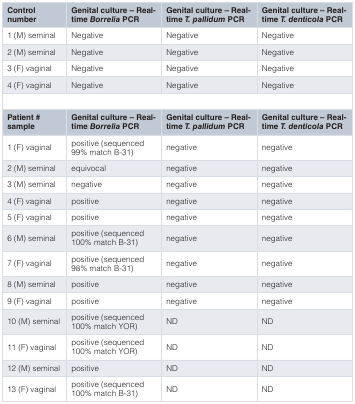
<table><thead><tr><td><b>Controlnumber</b></td><td><b>Genital culture – Real-time<i>Borrelia</i> PCR</b></td><td><b>Genital culture – Real-time<i>T. pallidum</i> PCR</b></td><td><b>Genital culture – Real-time<i>T. denticola</i> PCR</b></td></tr></thead><tbody><tr><td>1 (M) seminal</td><td>Negative</td><td>Negative</td><td>Negative</td></tr><tr><td>2 (M) seminal</td><td>Negative</td><td>Negative</td><td>Negative</td></tr><tr><td>3 (F) vaginal</td><td>Negative</td><td>Negative</td><td>Negative</td></tr><tr><td>4 (F) vaginal</td><td>Negative</td><td>Negative</td><td>Negative</td></tr><tr><td><b>Patient #</b><b>sample</b></td><td><b>Genital culture – Real-</b><b>time<i>Borrelia</i> PCR</b></td><td><b>Genital culture – Real-</b><b>time<i>T. pallidum</i> PCR</b></td><td><b>Genital culture – Real-</b><b>time<i>T. denticola</i> PCR</b></td></tr><tr><td>1 (F) vaginal</td><td>positive (sequenced99% match B-31)</td><td>negative</td><td>negative</td></tr><tr><td>2 (M) seminal</td><td>equivocal</td><td>negative</td><td>negative</td></tr><tr><td>3 (M) seminal</td><td>negative</td><td>negative</td><td>negative</td></tr><tr><td>4 (F) vaginal</td><td>positive</td><td>negative</td><td>negative</td></tr><tr><td>5 (F) vaginal</td><td>positive</td><td>negative</td><td>negative</td></tr><tr><td>6 (M) seminal</td><td>positive (sequenced100% match B-31)</td><td>negative</td><td>negative</td></tr><tr><td>7 (F) vaginal</td><td>positive (sequenced98% match B-31)</td><td>negative</td><td>negative</td></tr><tr><td>8 (M) seminal</td><td>positive</td><td>negative</td><td>negative</td></tr><tr><td>9 (F) vaginal</td><td>positive</td><td>negative</td><td>negative</td></tr><tr><td>10 (M) seminal</td><td>positive (sequenced100% match YOR)</td><td>ND</td><td>ND</td></tr><tr><td>11 (F) vaginal</td><td>positive (sequenced100% match YOR)</td><td>ND</td><td>ND</td></tr><tr><td>12 (M) seminal</td><td>positive</td><td>ND</td><td>ND</td></tr><tr><td>13 (F) vaginal</td><td>positive (sequenced100% match B-31)</td><td>ND</td><td>ND</td></tr></tbody></table>